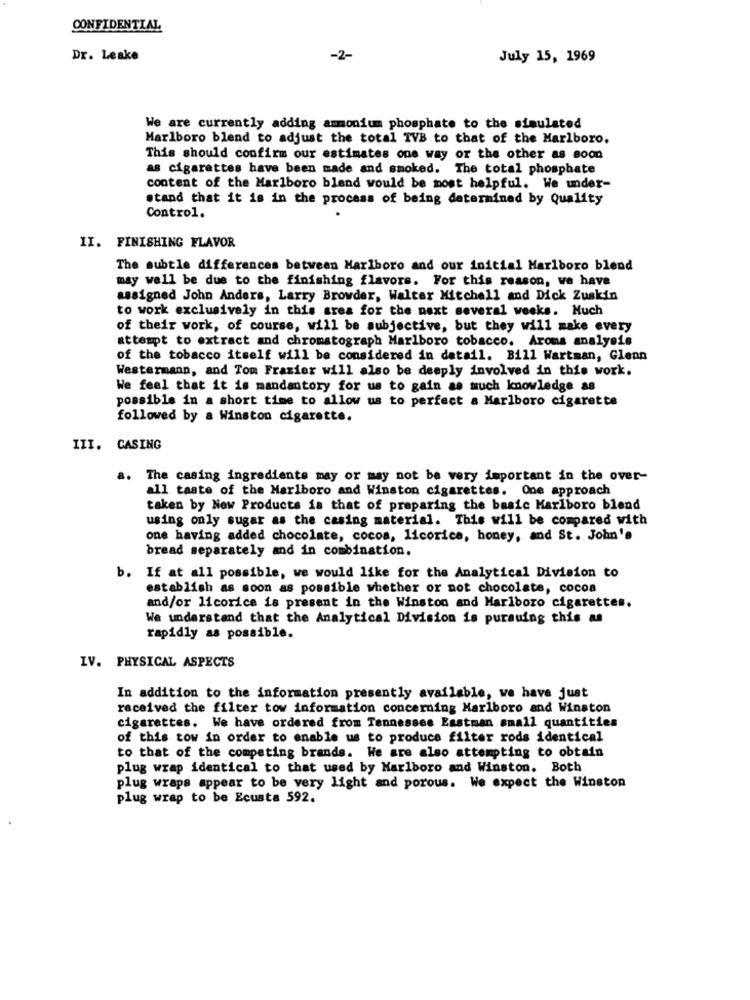
CONFIDENTIAL
Dr. Leake
-2-
July 15, 1969
We are currently adding ammonium phosphate to the simulated
Marlboro blend to adjust the total TVB to that of the Marlboro.
This should confirm our estimates one way or the other as soon
as cigarettes have been made and smoked. The total phosphate
content of the Marlboro blend would be most helpful. We under-
stand that it is in the process of being determined by Quality
Control.
II. FINISHING FLAVOR
The subtle differences between Marlboro and our initial Marlboro blend
may well be due to the finishing flavors. For this reason, we have
assigned John Anders, Larry Browder, Walter Mitchell and Dick Zuskin
to work exclusively in this area for the next several weeks. Much
of their work, of course, will be subjective, but they will make every
attempt to extract and chromatograph Marlboro tobacco. Aroma analysis
of the tobacco itself will be considered in detail. Bill Wartman, Glenn
Westermann, and Tom Frazier will also be deeply involved in this work.
We feel that it is mandantory for us to gain as much knowledge as
possible in a short time to allow us to perfect a Marlboro cigarette
followed by a Winston cigarette.
III. CASING
a. The casing ingrediente may or may not be very important in the over-
all taste of the Marlboro and Winston cigarettes. One approach
taken by New Products is that of preparing the basic Marlboro blend
using only sugar as the casing material. This will be compared with
one having added chocolate, cocos, licorice, honey, and St. John's
bread separately and in combination.
b. If at all possible, we would like for the Analytical Division to
establish as soon as possible whether or not chocolate, cocoa
and/or licorice is present in the Winston and Marlboro cigarettes.
We understand that the Analytical Division is pursuing this as
rapidly as possible.
IV. PHYSICAL ASPECTS
In addition to the information presently available, we have just
received the filter tow information concerning Marlboro and Winston
cigarettes. We have ordered from Tennessee Eastman small quantities
of this tow in order to enable us to produce filter rods identical
to that of the competing brands. We are also attempting to obtain
plug wrap identical to that used by Marlboro and Winston. Both
plug wraps appear to be very light and porous. We expect the Winston
plug wrap to be Ecusta 592.